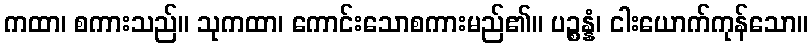
ကထာ၊ စကားသည်။ သုကထာ၊ ကောင်းသောစကားမည်၏။ ပဉ္စန္နံ၊ ငါးယောက်ကုန်သော။